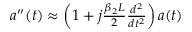
\begin{array} { r } { a ^ { \prime \prime } ( t ) \approx \left( 1 + j \frac { \beta _ { 2 } L } { 2 } \frac { d ^ { 2 } } { d t ^ { 2 } } \right) a ( t ) } \end{array}